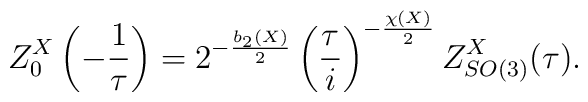
Z^X_0\left(-\frac{1}{\tau}\right)=2^{-\frac{b_2(X)}{2}}\left(\frac{\tau}{i}\right)^{-\frac{\chi(X)}{2}}Z_{SO(3)}^X(\tau).